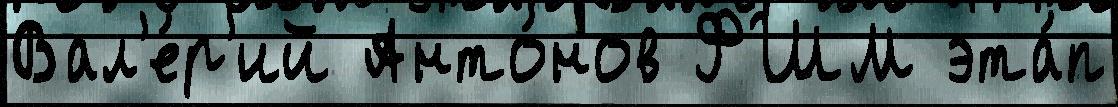
Вал'е́р'ий Анто́нов ФШМ эта́п